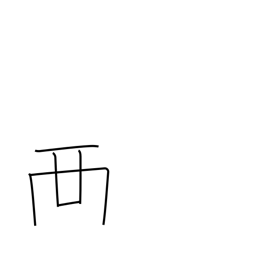
Meaning: place on top of